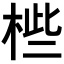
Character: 𣒄